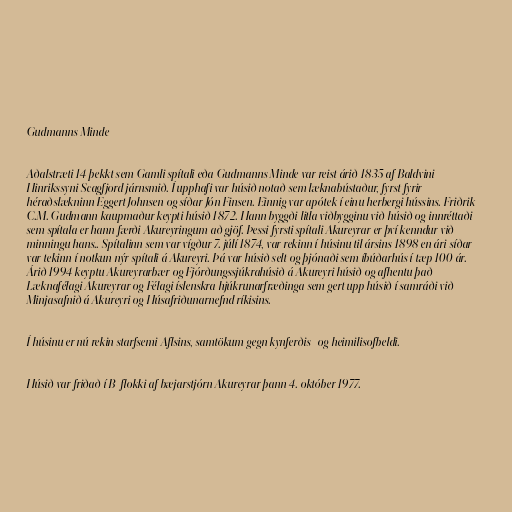
Gudmanns Minde

Aðalstræti 14 þekkt sem Gamli spítali eða Gudmanns Minde var reist árið 1835 af Baldvini
Hinrikssyni Scagfjord járnsmið. Í upphafi var húsið notað sem læknabústaður, fyrst fyrir
héraðslækninn Eggert Johnsen og síðar Jón Finsen. Einnig var apótek í einu herbergi hússins. Friðrik
C.M. Gudmann kaupmaður keypti húsið 1872. Hann byggði litla viðbygginu við húsið og innréttaði
sem spítala er hann færði Akureyringum að gjöf. Þessi fyrsti spítali Akureyrar er því kenndur við
minningu hans.. Spítalinn sem var vígður 7. júlí 1874, var rekinn í húsinu til ársins 1898 en ári síðar
var tekinn í notkun nýr spítali á Akureyri. Þá var húsið selt og þjónaði sem íbúðarhús í tæp 100 ár.
Árið 1994 keyptu Akureyrarbær og Fjórðungssjúkrahúsið á Akureyri húsið og afhentu það
Læknafélagi Akureyrar og Félagi íslenskra hjúkrunarfræðinga sem gert upp húsið í samráði við
Minjasafnið á Akureyri og Húsafriðunarnefnd ríkisins.

Í húsinu er nú rekin starfsemi Aflsins, samtökum gegn kynferðis- og heimilisofbeldi.

Húsið var friðað í B-flokki af bæjarstjórn Akureyrar þann 4. október 1977.